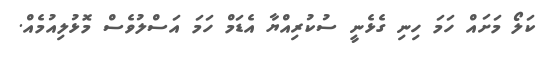
ކަލޯ މަށައް ހަމަ ހިނި ގެޅެނީ ސުކުރިއްޔާ އެޑަމް ހަމަ އަސްލުވެސް މޮޅުލިއުމެއް.